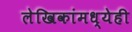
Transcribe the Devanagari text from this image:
लेखिकांमध्येही